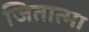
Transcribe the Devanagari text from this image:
जितात्मा